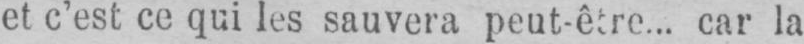
et c’est ce qui les sauvera peut-être... car la